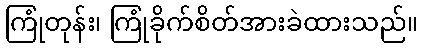
ကြုံတုန်း၊ ကြုံခိုက်စိတ်အားခဲထားသည်။